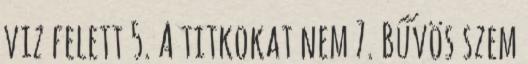
viz felett 5. A titkokat nem 7. Bűvös szem